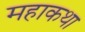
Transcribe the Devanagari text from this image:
महाकथा